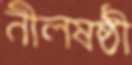
নীলষষ্ঠী